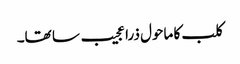
کلب کا ماحول ذرا عجیب سا تھا۔